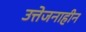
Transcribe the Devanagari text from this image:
उत्तेजनाहीन